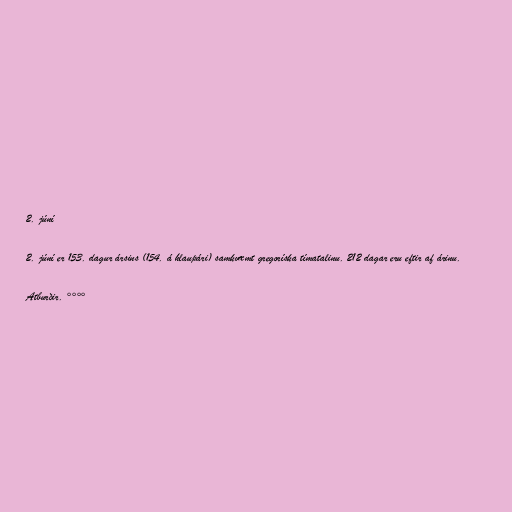
2. júní

2. júní er 153. dagur ársins (154. á hlaupári) samkvæmt gregoríska tímatalinu. 212 dagar eru eftir af árinu.

Atburðir. °°°°